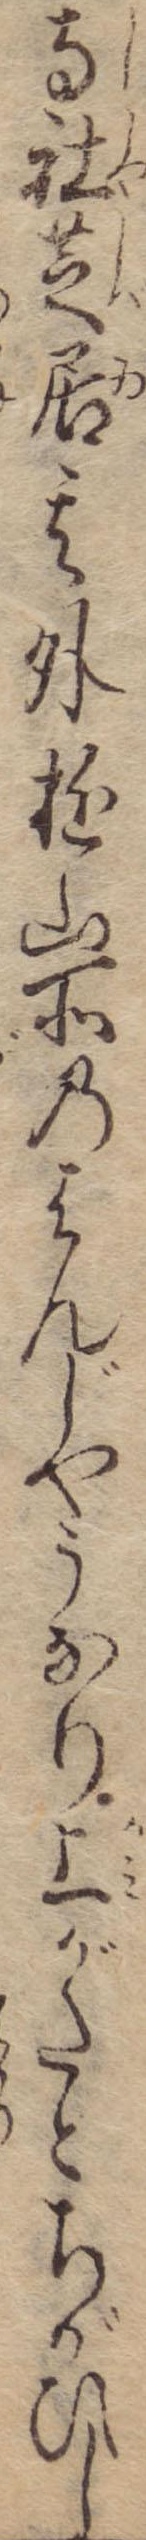
寺社芝居其外遊山所のはんじやうなり上がたとちがひし